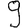
Digit: 9